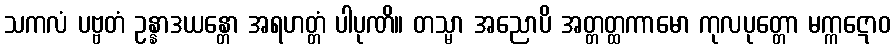
သကလံ ပဗ္ဗတံ ဥန္နာဒယန္တော အရဟတ္တံ ပါပုဏိ။ တသ္မာ အညောပိ အတ္တတ္ထကာမော ကုလပုတ္တော မက္ကဋောဝ